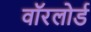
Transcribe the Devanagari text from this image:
वॉरलोर्ड